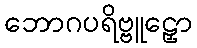
ဘောဂပရိဗ္ဗူဠှော